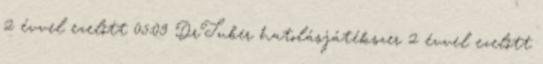
2 évvel ezelőtt 05:09 DrTuber hatolásjátékszer 2 évvel ezelőtt